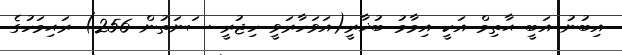
އިބުނު އަބީ ޙާތިމް އަކީ އިމާމު ބުޚާރީ(އަވަހާރަވީ ހިޖުރީ ސަނަތުން 256) ރަޙިމަހުގެ